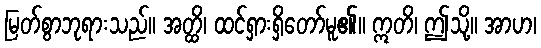
မြတ်စွာဘုရားသည်။ အတ္ထိ၊ ထင်ရှားရှိတော်မူ၏။ ဣတိ၊ ဤသို့။ အာဟ၊